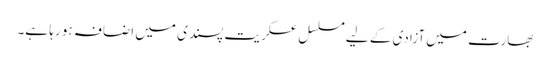
بھارت میں آزادی کے لیے مسلسل عسکریت پسندی میں اضافہ ہو رہا ہے۔